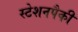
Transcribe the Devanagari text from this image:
स्टेशनपैकी